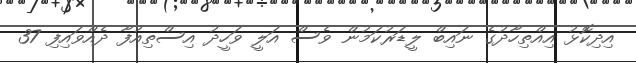
އިދިކޮޅު އިއްތިހާދުގެ ނައިބް ލީޑަރުކަމުން ވެސް އަލީ ވަހީދު އިސްތިއުފާ ދެއްވައިފި 37